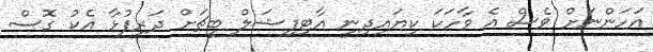
އަހަންނަށް ވެސް އެ ވާހަކަ ކިޔައިދިނީ އާޓިފިޝަލް ބީޗަށް ދަރިފުޅާ އެކު ގޮސް